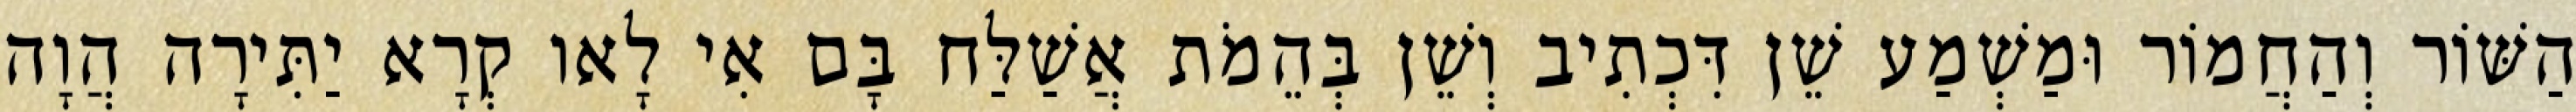
הַשּׁוֹר וְהַחֲמוֹר וּמַשְׁמַע שֵׁן דִּכְתִיב וְשֵׁן בְּהֵמֹת אֲשַׁלַּח בָּם אִי לָאו קְרָא יַתִּירָה הֲוָה